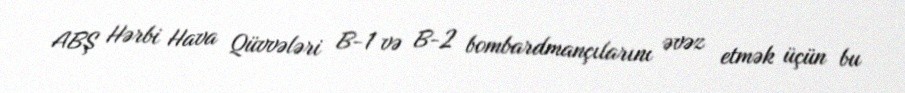
ABŞ Hərbi Hava Qüvvələri B-1 və B-2 bombardmançılarını əvəz etmək üçün bu